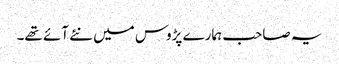
یہ صاحب ہمارے پڑوس میں نئے آئے تھے۔